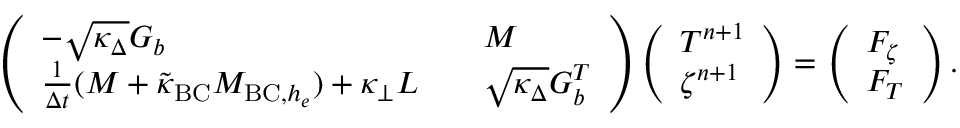
\left( \begin{array} { l l l } { - \sqrt { \kappa _ { \Delta } } G _ { b } } & & { M } \\ { \frac { 1 } { \Delta t } ( M + \tilde { \kappa } _ { \mathrm { B C } } M _ { \mathrm { B C } , h _ { e } } ) + \kappa _ { \perp } L } & & { \sqrt { \kappa _ { \Delta } } G _ { b } ^ { T } } \end{array} \right) \left( \begin{array} { l } { T ^ { n + 1 } } \\ { \zeta ^ { n + 1 } } \end{array} \right) = \left( \begin{array} { l } { F _ { \zeta } } \\ { F _ { T } } \end{array} \right) .